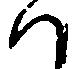
ハ